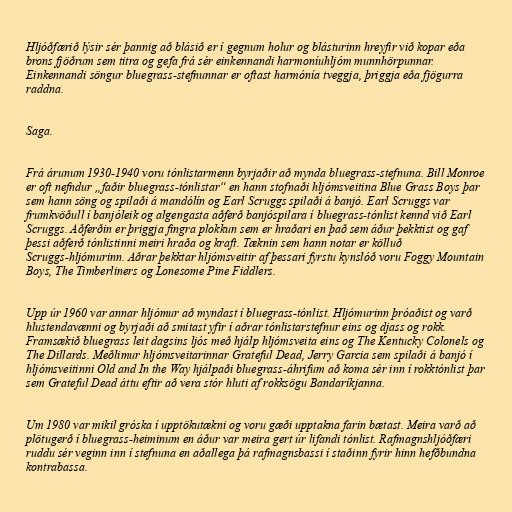
Hljóðfærið lýsir sér þannig að blásið er í gegnum holur og blásturinn hreyfir við kopar eða
brons fjöðrum sem titra og gefa frá sér einkennandi harmoníuhljóm munnhörpunnar.
Einkennandi söngur bluegrass-stefnunnar er oftast harmónía tveggja, þriggja eða fjögurra
raddna.

Saga.

Frá árunum 1930-1940 voru tónlistarmenn byrjaðir að mynda bluegrass-stefnuna. Bill Monroe
er oft nefndur „faðir bluegrass-tónlistar“ en hann stofnaði hljómsveitina Blue Grass Boys þar
sem hann söng og spilaði á mandólín og Earl Scruggs spilaði á banjó. Earl Scruggs var
frumkvöðull í banjóleik og algengasta aðferð banjóspilara í bluegrass-tónlist kennd við Earl
Scruggs. Aðferðin er þriggja fingra plokkun sem er hraðari en það sem áður þekktist og gaf
þessi aðferð tónlistinni meiri hraða og kraft. Tæknin sem hann notar er kölluð
Scruggs-hljómurinn. Aðrar þekktar hljómsveitir af þessari fyrstu kynslóð voru Foggy Mountain
Boys, The Timberliners og Lonesome Pine Fiddlers.

Upp úr 1960 var annar hljómur að myndast í bluegrass-tónlist. Hljómurinn þróaðist og varð
hlustendavænni og byrjaði að smitast yfir í aðrar tónlistarstefnur eins og djass og rokk.
Framsækið bluegrass leit dagsins ljós með hjálp hljómsveita eins og The Kentucky Colonels og
The Dillards. Meðlimur hljómsveitarinnar Grateful Dead, Jerry Garcia sem spilaði á banjó í
hljómsveitinni Old and In the Way hjálpaði bluegrass-áhrifum að koma sér inn í rokktónlist þar
sem Grateful Dead áttu eftir að vera stór hluti af rokksögu Bandaríkjanna.

Um 1980 var mikil gróska í upptökutækni og voru gæði upptakna farin bætast. Meira varð að
plötugerð í bluegrass-heiminum en áður var meira gert úr lifandi tónlist. Rafmagnshljóðfæri
ruddu sér veginn inn í stefnuna en aðallega þá rafmagnsbassi í staðinn fyrir hinn hefðbundna
kontrabassa.